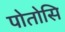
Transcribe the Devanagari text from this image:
पोतोसि